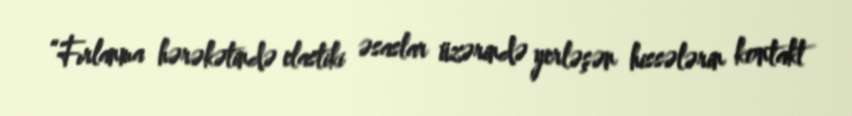
“Fırlanma hərəkətində elastiki əsaslar üzərində yerləşən hissələrin kontakt